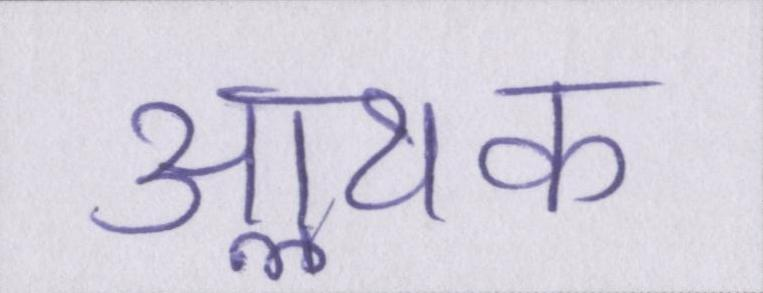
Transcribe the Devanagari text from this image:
आॢथक